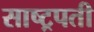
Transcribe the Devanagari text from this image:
साष्ट्रपती